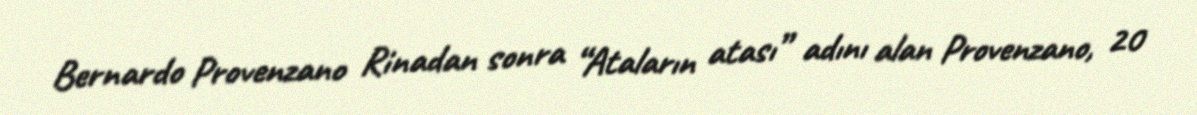
Bernardo Provenzano Rinadan sonra “Ataların atası” adını alan Provenzano, 20